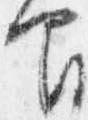
間